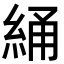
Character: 𬗝